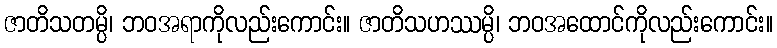
ဇာတိသတမ္ပိ၊ ဘဝအရာကိုလည်းကောင်း။ ဇာတိသဟဿမ္ပိ၊ ဘဝအထောင်ကိုလည်းကောင်း။